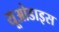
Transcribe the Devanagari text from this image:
यूओडाइस